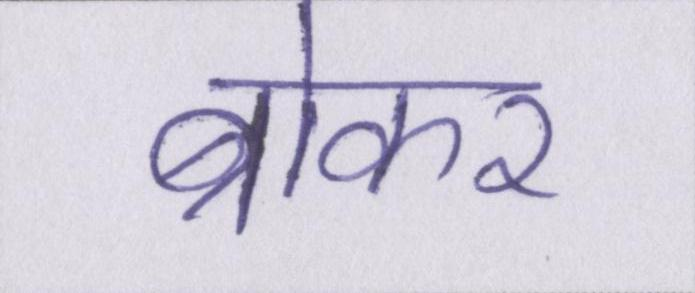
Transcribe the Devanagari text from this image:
ब्रोकर